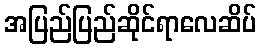
အပြည်ပြည်ဆိုင်ရာလေဆိပ်